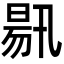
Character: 𣈟